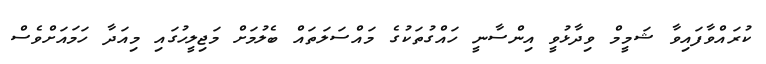
ކުރައްވާފައިވާ ޝަމީމް ވިދާޅުވީ އިންސާނީ ހައްގުތަކުގެ މައްސަލަތައް ބެލުމަށް މަޖިލީހުގައި މިއަދާ ހަމައަށްވެސް